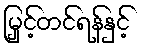
မြှင့်တင်ရန်နှင့်